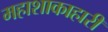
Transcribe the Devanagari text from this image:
महाशाकाहारी